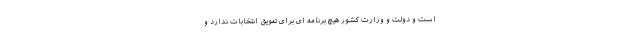
است و دولت و وزارت کشور هیچ برنامه ای برای تعویق انتخابات ندارد و